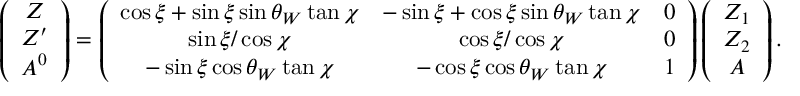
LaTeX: \left( \begin{array} { c } { { Z } } \\ { { Z ^ { \prime } } } \\ { { A ^ { 0 } } } \end{array} \right) = \left( \begin{array} { c c c } { { \cos \xi + \sin \xi \sin \theta _ { W } \tan \chi } } & { { - \sin \xi + \cos \xi \sin \theta _ { W } \tan \chi } } & { { 0 } } \\ { { \sin \xi / \cos \chi } } & { { \cos \xi / \cos \chi } } & { { 0 } } \\ { { - \sin \xi \cos \theta _ { W } \tan \chi } } & { { - \cos \xi \cos \theta _ { W } \tan \chi } } & { { 1 } } \end{array} \right) \left( \begin{array} { c } { { { Z _ { 1 } } } } \\ { { { Z _ { 2 } } } } \\ { { { A } } } \end{array} \right) .